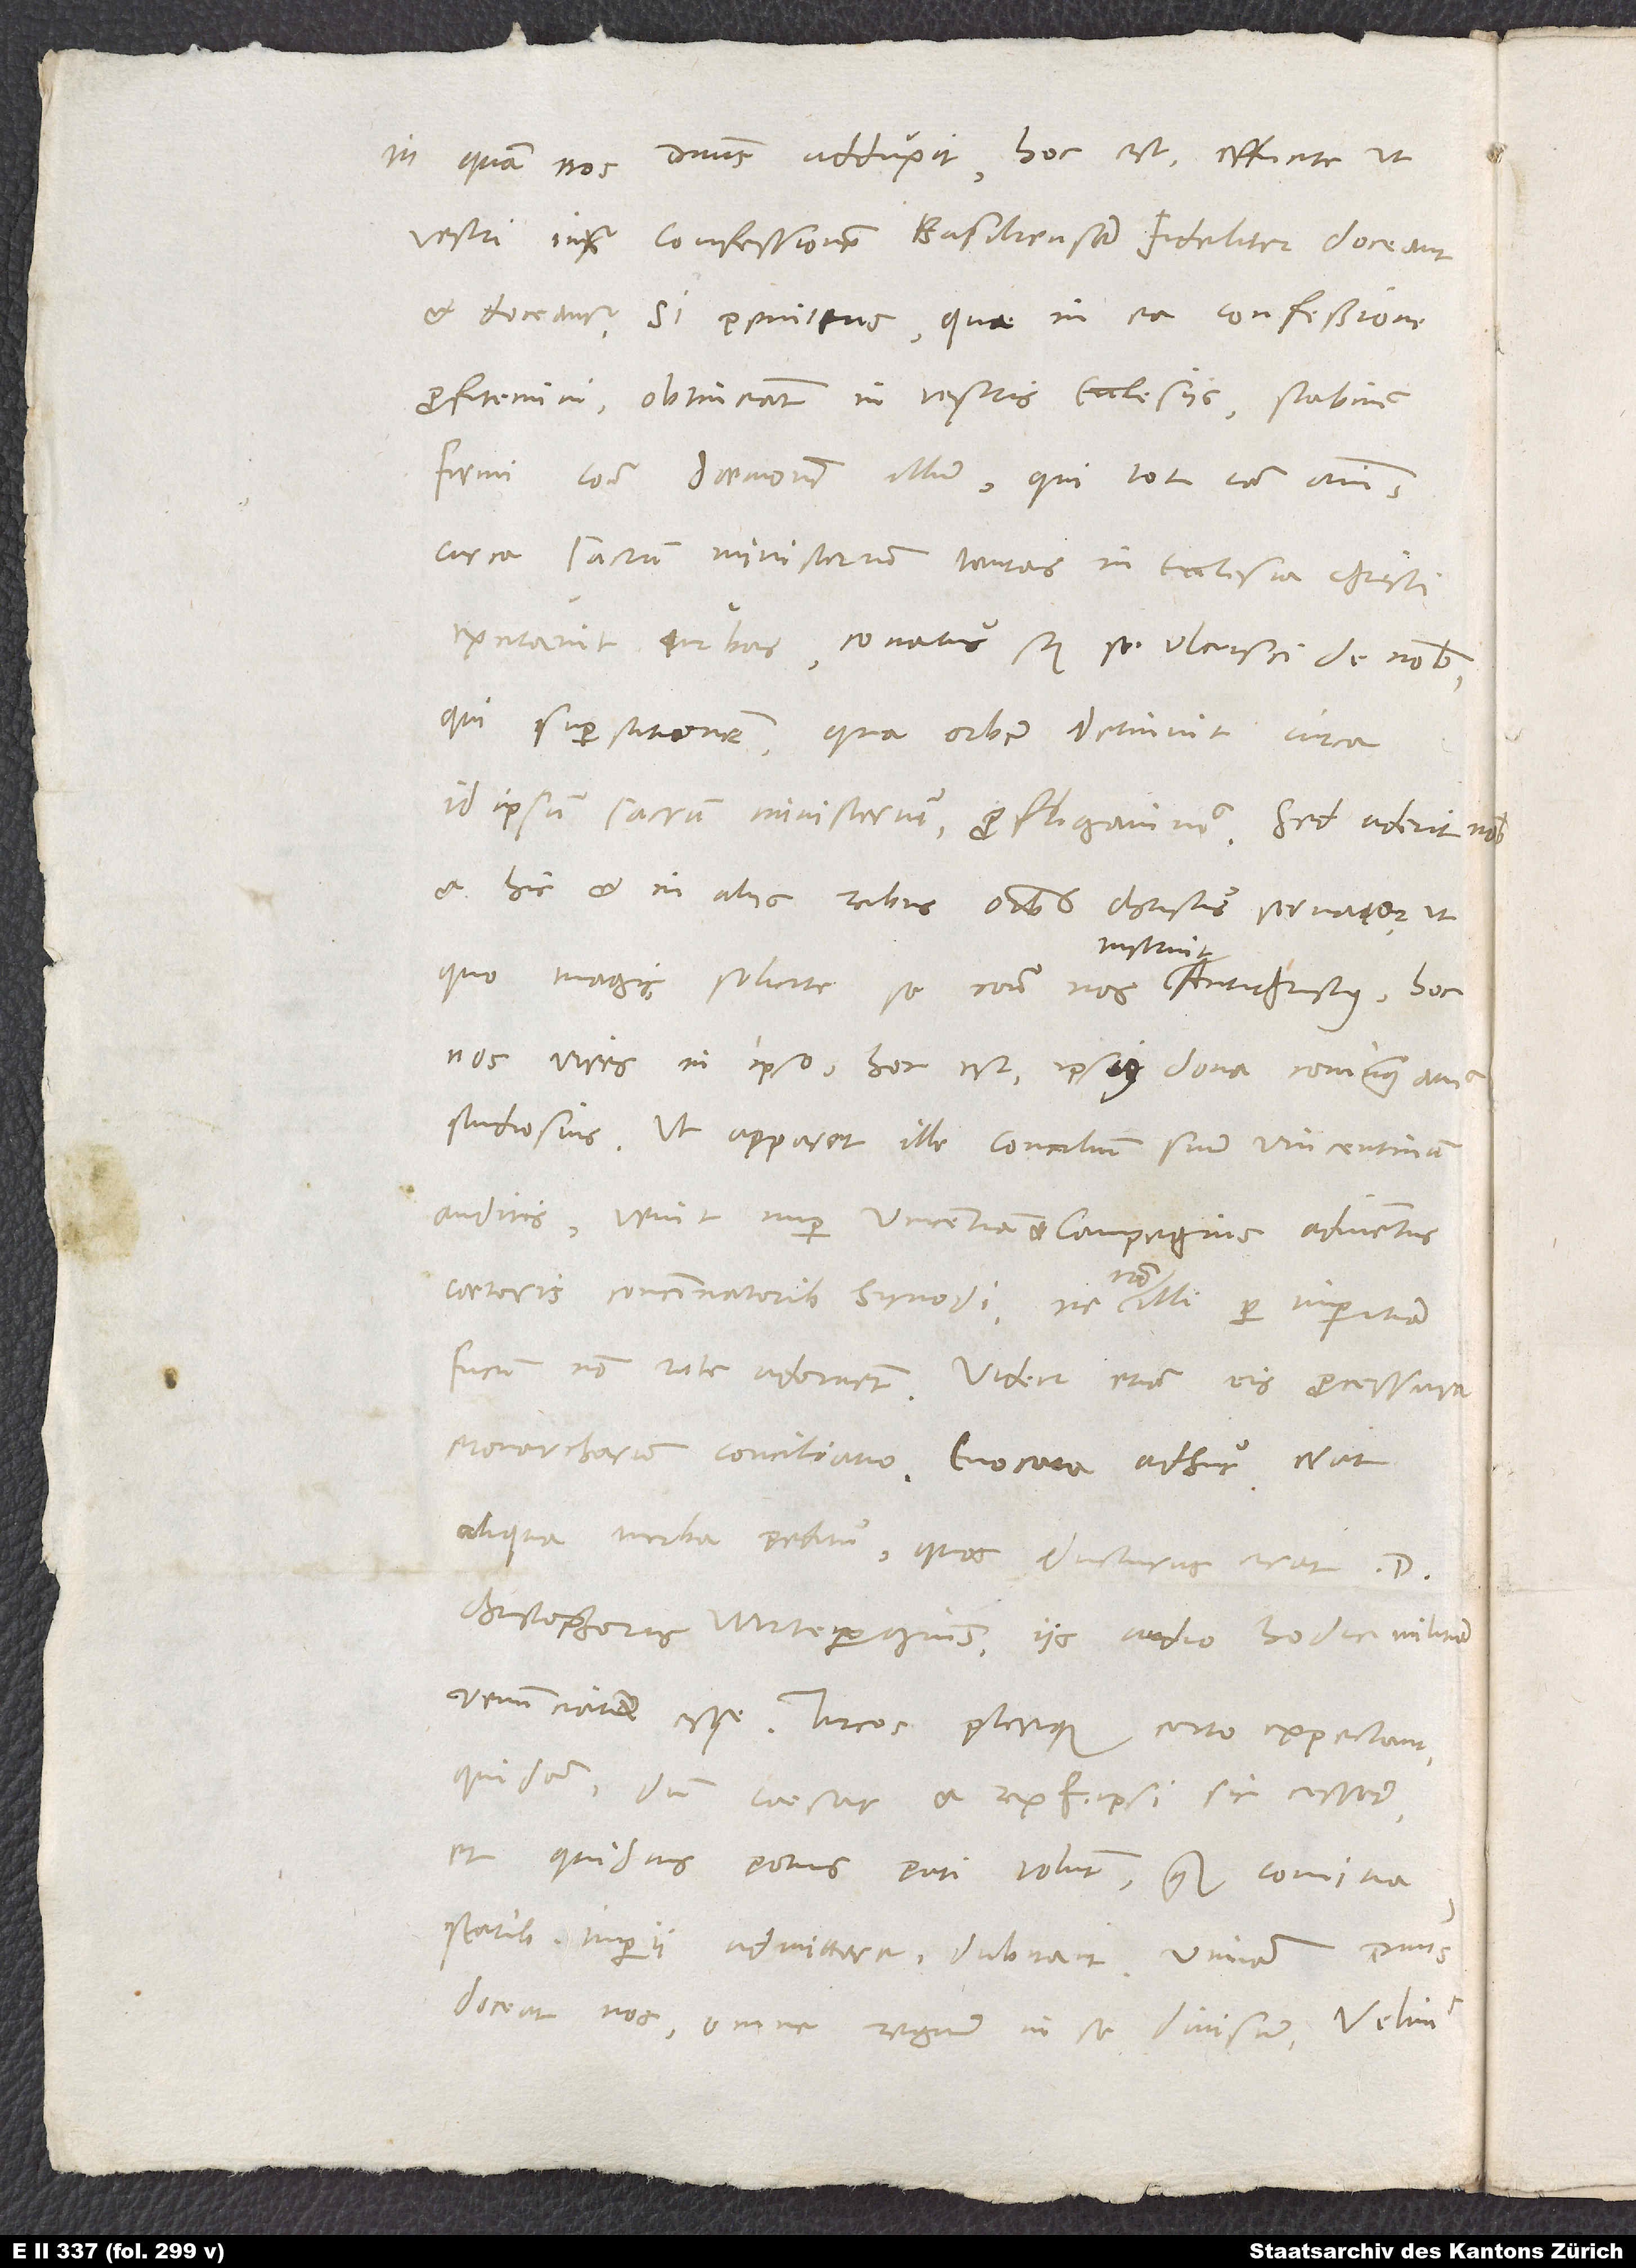
in quam nos dominus adduxit, hoc est, efficite, ut
vestri iuxta confessionem Basiliensem fideliter doceant
et doceantur. Si penitus, quae in ea confessione
profitemini, obtineant in vestris ecclesiis, stabimus
firmi contra daemonem illum, qui tot iam annis
circa sacrum ministerium tantas in ecclesia Christi
excitavit turbas, conatus scilicet se ulcisci de nobis,
qui superstitionem, qua orbem detinuit circa
id ipsum sacrum ministerium, profligavimus. Sed aderit
et hic et in aliis rebus omnibus Christus servator, ut,
nos vires in ipso, hoc est ipsius dona coniungamus
Ut apparet ille concilium suum Vincentinum,
auditis; venit nuper Vincentiam et Campegius adiunctus
caeteris concinnatoribus synodi, ne non illi per imperitiam
fucum non rite adornent. Videtur etiam eis processura
monarcharum conciliatio. Evocata adhuc erat